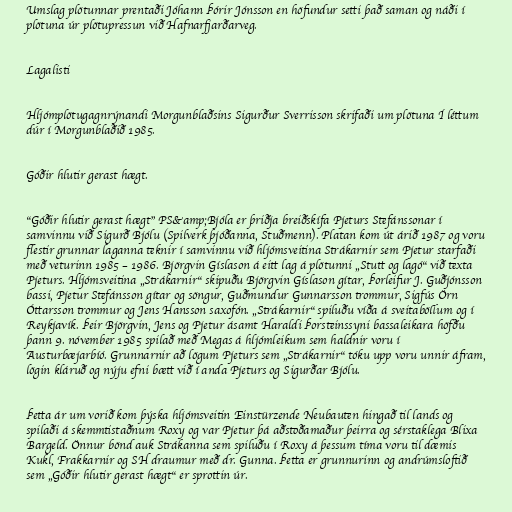
Umslag plötunnar prentaði Jóhann Þórir Jónsson en höfundur setti það saman og náði í
plötuna úr plötupressun við Hafnarfjarðarveg.

Lagalisti

Hljómplötugagnrýnandi Morgunblaðsins Sigurður Sverrisson skrifaði um plötuna Í léttum
dúr í Morgunblaðið 1985.

Góðir hlutir gerast hægt.

"Góðir hlutir gerast hægt" PS&amp;Bjóla er þriðja breiðskífa Pjeturs Stefánssonar í
samvinnu við Sigurð Bjólu (Spilverk þjóðanna, Stuðmenn). Platan kom út árið 1987 og voru
flestir grunnar laganna teknir í samvinnu við hljómsveitina Strákarnir sem Pjetur starfaði
með veturinn 1985 – 1986. Björgvin Gíslason á eitt lag á plötunni „Stutt og lagó“ við texta
Pjeturs. Hljómsveitina „Strákarnir“ skipuðu Björgvin Gíslason gítar, Þorleifur J. Guðjónsson
bassi, Pjetur Stefánsson gítar og söngur, Guðmundur Gunnarsson trommur, Sigfús Örn
Óttarsson trommur og Jens Hansson saxofón. „Strákarnir“ spiluðu víða á sveitaböllum og í
Reykjavík. Þeir Björgvin, Jens og Pjetur ásamt Haraldi Þorsteinssyni bassaleikara höfðu
þann 9. nóvember 1985 spilað með Megas á hljómleikum sem haldnir voru í
Austurbæjarbíó. Grunnarnir að lögum Pjeturs sem „Strákarnir“ tóku upp voru unnir áfram,
lögin kláruð og nýju efni bætt við í anda Pjeturs og Sigurðar Bjólu.

Þetta ár um vorið kom þýska hljómsveitin Einstürzende Neubauten hingað til lands og
spilaði á skemmtistaðnum Roxy og var Pjetur þá aðstoðamaður þeirra og sérstaklega Blixa
Bargeld. Önnur bönd auk Strákanna sem spiluðu í Roxy á þessum tíma voru til dæmis
Kukl, Frakkarnir og SH draumur með dr. Gunna. Þetta er grunnurinn og andrúmsloftið
sem „Góðir hlutir gerast hægt“ er sprottin úr.